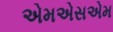
એમએસએમ